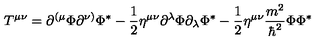
T ^ { \mu \nu } = \partial ^ { ( \mu } \Phi \partial ^ { \nu ) } \Phi ^ { * } - \frac 1 2 \eta ^ { \mu \nu } \partial ^ { \lambda } \Phi \partial _ { \lambda } \Phi ^ { * } - \frac 1 2 \eta ^ { \mu \nu } \frac { m ^ { 2 } } { \hbar ^ { 2 } } \Phi \Phi ^ { * }